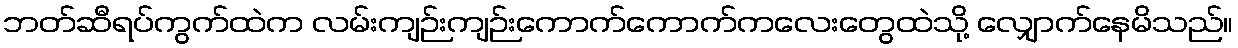
ဘတ်ဆီရပ်ကွက်ထဲက လမ်းကျဉ်းကျဉ်းကောက်ကောက်ကလေးတွေထဲသို့ လျှောက်နေမိသည်။